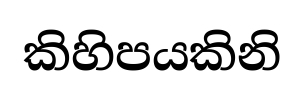
කිහිපයකිනි